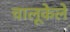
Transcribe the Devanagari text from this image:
चालूकेले